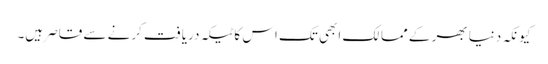
کیونکہ دنیا بھر کے ممالک ابھی تک اس کا ٹیکہ دریافت کرنے سے قاصر ہیں۔